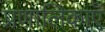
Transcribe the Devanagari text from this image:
प्रणालिकाएँ